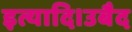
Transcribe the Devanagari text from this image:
इत्यादि।उबैद